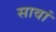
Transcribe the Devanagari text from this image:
सावां